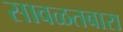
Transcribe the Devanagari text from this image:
सावळतबारा